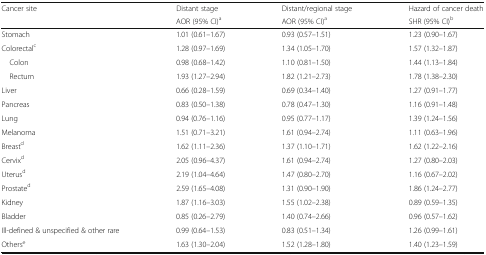
<table><thead><tr><td><b>Cancer site</b></td><td><b>Distant stage</b></td><td><b>Distant/regional stage</b></td><td><b>Hazard of cancer death</b></td></tr><tr><td></td><td><b>AOR (95% CI)<sup>a</sup></b></td><td><b>AOR (95% CI)<sup>a</sup></b></td><td><b>SHR (95% CI)<sup>b</sup></b></td></tr></thead><tbody><tr><td>Stomach</td><td>1.01 (0.61–1.67)</td><td>0.93 (0.57–1.51)</td><td>1.23 (0.90–1.67)</td></tr><tr><td>Colorectal<sup>c</sup></td><td>1.28 (0.97–1.69)</td><td>1.34 (1.05–1.70)</td><td>1.57 (1.32–1.87)</td></tr><tr><td> Colon</td><td>0.98 (0.68–1.42)</td><td>1.10 (0.81–1.50)</td><td>1.44 (1.13–1.84)</td></tr><tr><td> Rectum</td><td>1.93 (1.27–2.94)</td><td>1.82 (1.21–2.73)</td><td>1.78 (1.38–2.30)</td></tr><tr><td>Liver</td><td>0.66 (0.28–1.59)</td><td>0.69 (0.34–1.40)</td><td>1.27 (0.91–1.77)</td></tr><tr><td>Pancreas</td><td>0.83 (0.50–1.38)</td><td>0.78 (0.47–1.30)</td><td>1.16 (0.91–1.48)</td></tr><tr><td>Lung</td><td>0.94 (0.76–1.16)</td><td>0.95 (0.77–1.17)</td><td>1.39 (1.24–1.56)</td></tr><tr><td>Melanoma</td><td>1.51 (0.71–3.21)</td><td>1.61 (0.94–2.74)</td><td>1.11 (0.63–1.96)</td></tr><tr><td>Breast<sup>d</sup></td><td>1.62 (1.11–2.36)</td><td>1.37 (1.10–1.71)</td><td>1.62 (1.22–2.16)</td></tr><tr><td>Cervix<sup>d</sup></td><td>2.05 (0.96–4.37)</td><td>1.61 (0.94–2.74)</td><td>1.27 (0.80–2.03)</td></tr><tr><td>Uterus<sup>d</sup></td><td>2.19 (1.04–4.64)</td><td>1.47 (0.80–2.70)</td><td>1.16 (0.67–2.02)</td></tr><tr><td>Prostate<sup>d</sup></td><td>2.59 (1.65–4.08)</td><td>1.31 (0.90–1.90)</td><td>1.86 (1.24–2.77)</td></tr><tr><td>Kidney</td><td>1.87 (1.16–3.03)</td><td>1.55 (1.02–2.38)</td><td>0.89 (0.59–1.35)</td></tr><tr><td>Bladder</td><td>0.85 (0.26–2.79)</td><td>1.40 (0.74–2.66)</td><td>0.96 (0.57–1.62)</td></tr><tr><td>Ill-defined &amp; unspecified &amp; other rare</td><td>0.99 (0.64–1.53)</td><td>0.83 (0.51–1.34)</td><td>1.26 (0.99–1.61)</td></tr><tr><td>Others<sup>e</sup></td><td>1.63 (1.30–2.04)</td><td>1.52 (1.28–1.80)</td><td>1.40 (1.23–1.59)</td></tr></tbody></table>